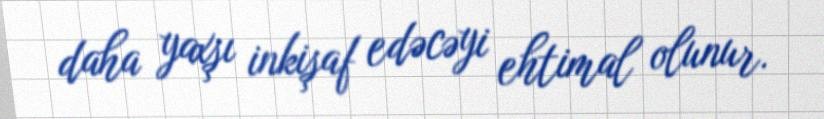
daha yaxşı inkişaf edəcəyi ehtimal olunur.